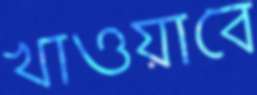
খাওয়াবে